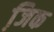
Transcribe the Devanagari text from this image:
जि़क